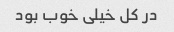
در کل خیلی خوب بود